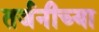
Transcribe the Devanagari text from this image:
तर्जनीच्या